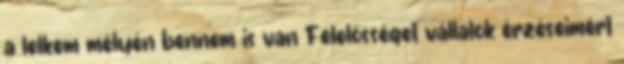
a lelkem mélyén bennem is van Felelősséget vállalok érzéseimért